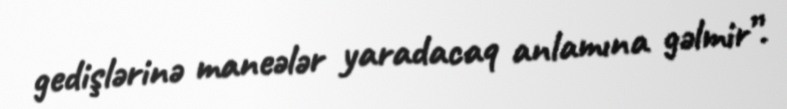
gedişlərinə maneələr yaradacaq anlamına gəlmir”.